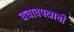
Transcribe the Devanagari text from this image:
बचावपक्षाची